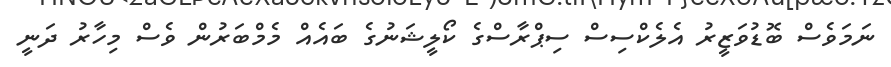
ނަމަވެސް ބޮޑުވަޒީރު އެލެކްސިސް ސިޕްރާސްގެ ކޯލީޝަނުގެ ބައެއް މެމްބަރުން ވެސް މިހާރު ދަނީ